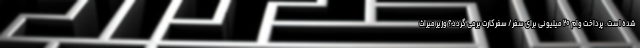
شده است. پرداخت وام ۲۰ میلیونی برای سفر/ سفرکارت برمی گردد؟ وزیر میراث